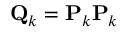
\mathbf { Q } _ { k } = \mathbf { P } _ { k } \mathbf { P } _ { k }